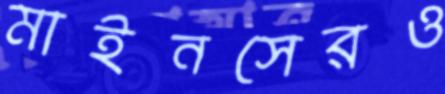
মাইনসেরও